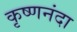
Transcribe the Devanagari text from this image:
कृष्णनंदा